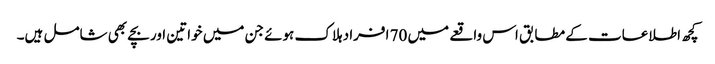
کچھ اطلاعات کے مطابق اس واقعے میں 70 افراد ہلاک ہوئے جن میں خواتین اور بچے بھی شامل ہیں۔